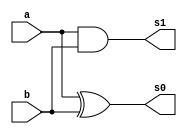
module halfAdder(output s0,output s1,
					input a,input b);
	xor xor1(s0,a,b);
	and and1(s1,a,b);
endmodule //halfadder

module fullAdder(output s,output carryOut,
input a,input b,input carryIn);
	wire w0,w1,w2;
	halfAdder hf1(w0,w1,a,b);
	halfAdder hf2(s,w2,w0,carryIn);
	or or1(carryOut,w2,w1);
endmodule //fullAdder

module fullAdder4bits(output [3:0]s,
		input [3:0]a, input[3:0]b, input carryIn);
	wire [3:0]carryOut;
	fullAdder fa1(s[0],carryOut[0],a[0],b[0],carryIn);
	fullAdder fa2(s[1],carryOut[1],a[1],b[1],carryOut[0]);
	fullAdder fa3(s[2],carryOut[2],a[2],b[2],carryOut[1]);
	fullAdder fa4(s[3],carryOut[3],a[3],b[3],carryOut[2]);
endmodule //fullAdder4bits